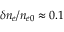
\delta { n _ { e } } / n _ { e 0 } \approx 0 . 1